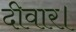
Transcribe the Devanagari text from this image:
दीवार।